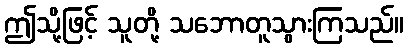
ဤသို့ဖြင့် သူတို့ သဘောတူသွားကြသည်။